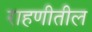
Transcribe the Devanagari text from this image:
राहणीतील